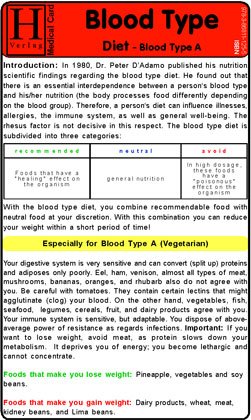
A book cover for Blood Type Diet - A - Medical Card; Hawelka; Health, Fitness & Dieting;